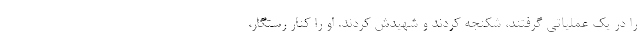
را در یک عملیاتی گرفتند، شکنجه کردند و شهیدش کردند. او را کنار رستگار،